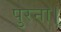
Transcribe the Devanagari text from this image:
पुरना।